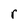
Character: r